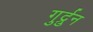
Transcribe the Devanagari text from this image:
गुर्द्रुन